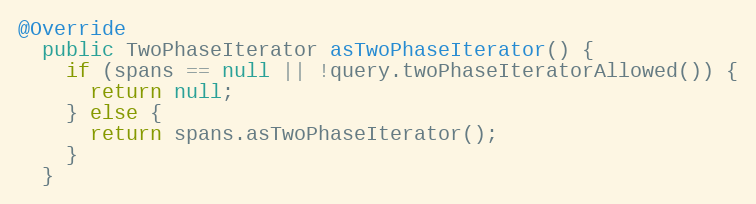
Language: Java
@Override
  public TwoPhaseIterator asTwoPhaseIterator() {
    if (spans == null || !query.twoPhaseIteratorAllowed()) {
      return null;
    } else {
      return spans.asTwoPhaseIterator();
    }
  }